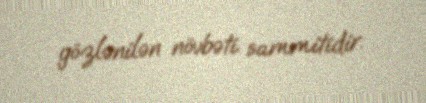
gözlənilən növbəti sammitidir.